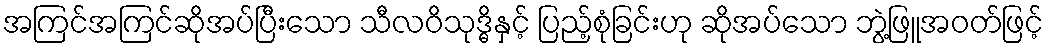
အကြင်အကြင်ဆိုအပ်ပြီးသော သီလဝိသုဒ္ဓိနှင့် ပြည့်စုံခြင်းဟု ဆိုအပ်သော ဘွဲ့ဖြူအဝတ်ဖြင့်